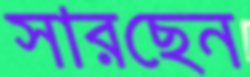
সারছেন